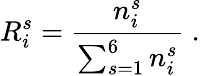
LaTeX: R_{i}^{s}=\frac{n_{i}^{s}}{\sum_{s=1}^{6}{n_{i}^{s}}}\; .